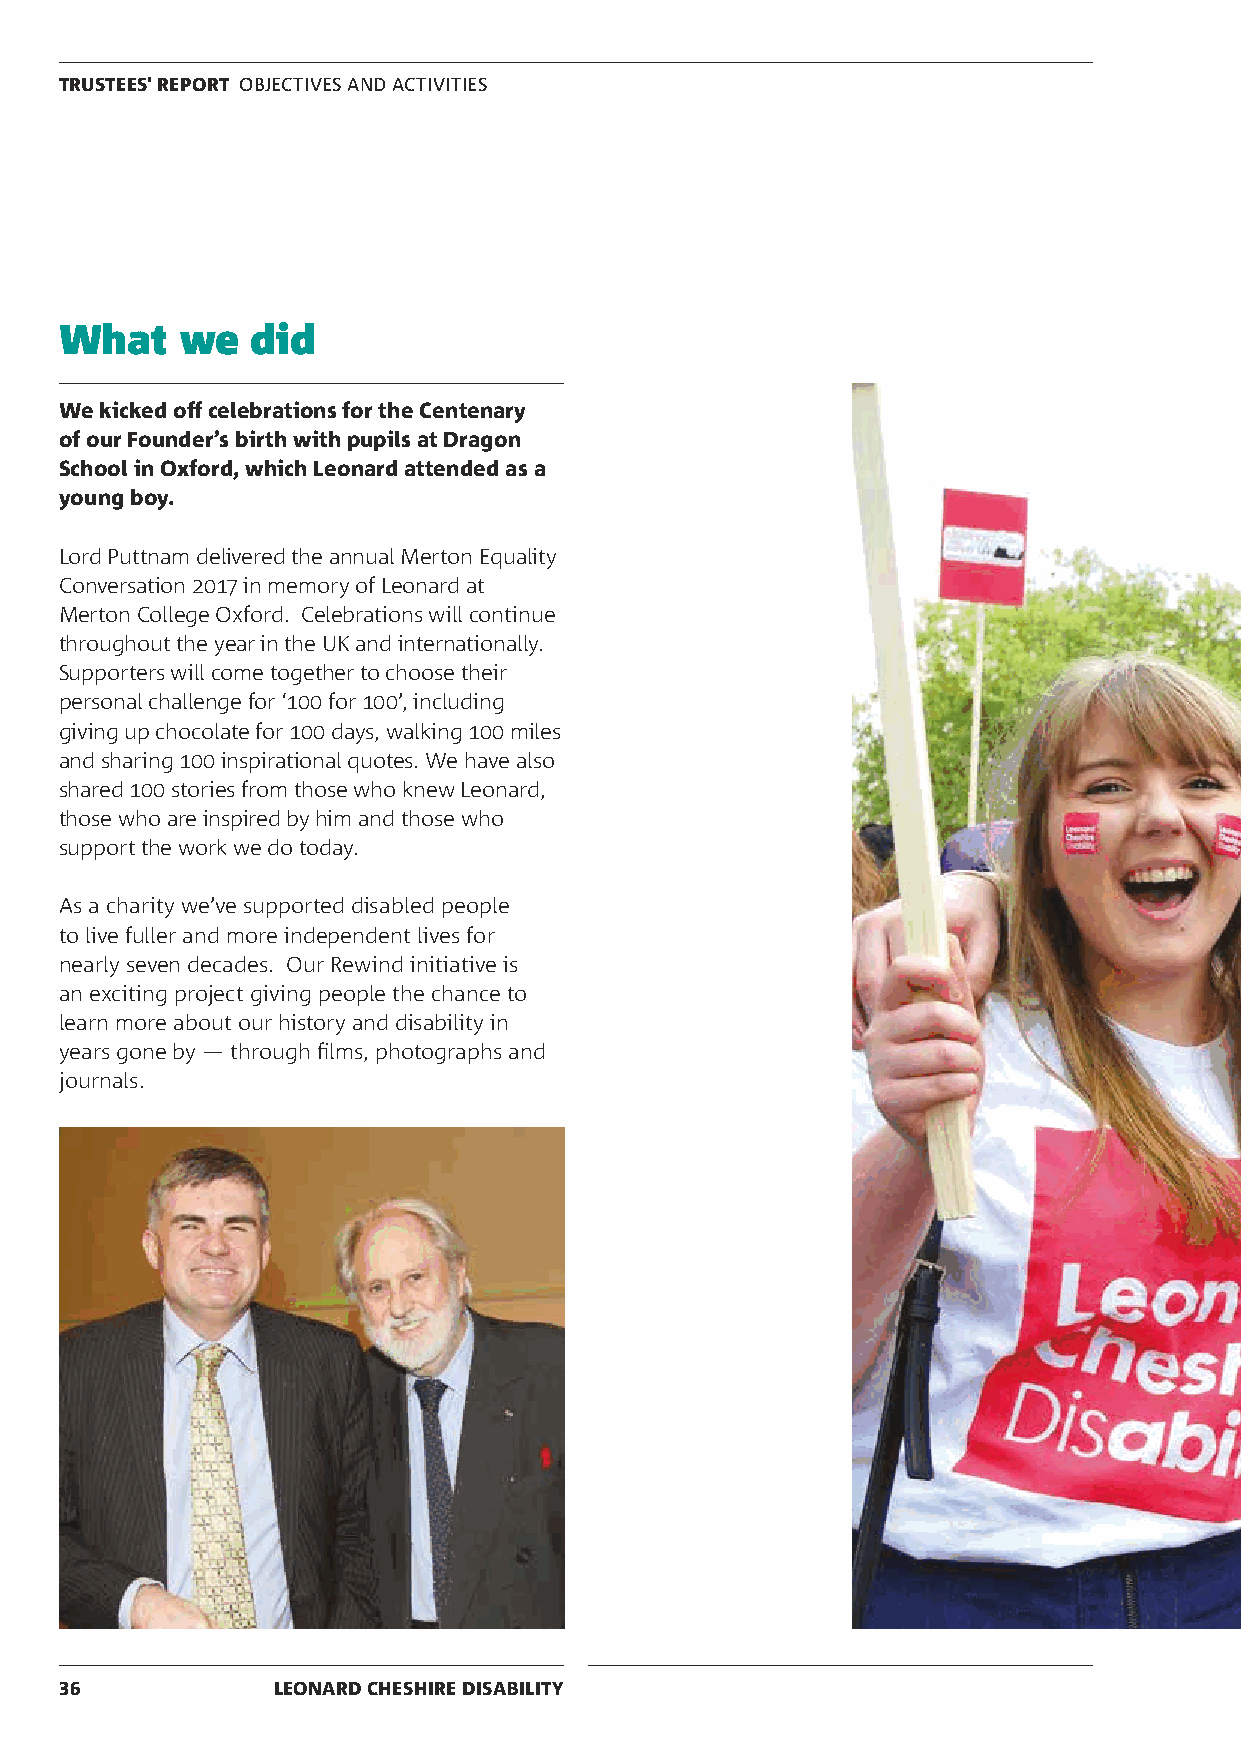
TRUSTEES' REPORT OBJECTIVES AND ACTIVITIES
 What    we   did
 We kicked off celebrations for the Centenary
 of our Founder’s birth with pupils at Dragon
 School in Oxford, which Leonard attended as a
 young boy.
 Lord Puttnam delivered the annual Merton Equality
 Conversation 2017 in memory of Leonard at
 Merton College Oxford. Celebrations will continue
 throughout the year in the UK and internationally.
 Supporters will come together to choose their
 personal challenge for ‘100 for 100’, including
 giving up chocolate for 100 days, walking 100 miles
 and sharing 100 inspirational quotes. We have also
 shared 100 stories from those who knew Leonard,
 those who are inspired by him and those who
 support the work we do today.
 As a charity we’ve supported disabled people
 to live fuller and more independent lives for
 nearly seven decades. Our Rewind initiative is
 an exciting project giving people the chance to
 learn more about our history and disability in
 years gone by — through films, photographs and
 journals.
 36            LEONARD CHESHIRE DISABILITY